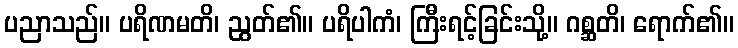
ပညာသည်။ ပရိဏမတိ၊ ညွတ်၏။ ပရိပါကံ၊ ကြီးရင့်ခြင်းသို့။ ဂစ္ဆတိ၊ ရောက်၏။